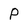
Character: P